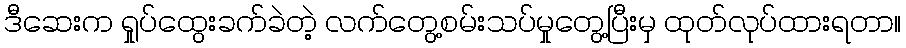
ဒီဆေးက ရှုပ်ထွေးခက်ခဲတဲ့ လက်တွေ့စမ်းသပ်မှုတွေ့ပြီးမှ ထုတ်လုပ်ထားရတာ။